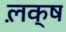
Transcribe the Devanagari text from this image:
ल़क्ष